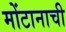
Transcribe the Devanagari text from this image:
मोंटानाची